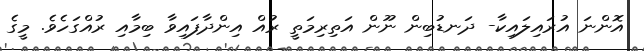
އޮންނަ އުރައިލައިކާ- ދަނޑުބިން ނޫން އަތިރިމަތީ ރުއް އިންދާފައިވާ ބިމާއި ރުއްގަހެވެ. މީގެ